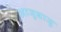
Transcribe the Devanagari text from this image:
आजूबाजू